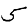
Digit: 5